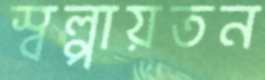
স্বল্পায়তন